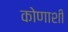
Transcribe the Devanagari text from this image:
कोणाशी